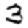
Digit: 3